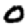
Digit: 0